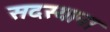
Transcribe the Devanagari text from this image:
सदस्याना